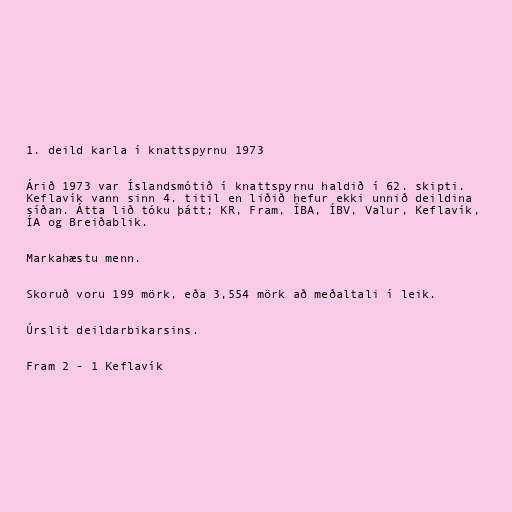
1. deild karla í knattspyrnu 1973

Árið 1973 var Íslandsmótið í knattspyrnu haldið í 62. skipti.
Keflavík vann sinn 4. titil en liðið hefur ekki unnið deildina
síðan. Átta lið tóku þátt; KR, Fram, ÍBA, ÍBV, Valur, Keflavík,
ÍA og Breiðablik.

Markahæstu menn.

Skoruð voru 199 mörk, eða 3,554 mörk að meðaltali í leik.

Úrslit deildarbikarsins.

Fram 2 - 1 Keflavík